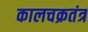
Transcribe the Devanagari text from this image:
कालचक्रतंत्र